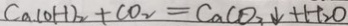
C a ( O H ) _ { 2 } + C O _ { 2 } = C a C O _ { 3 } \downarrow + H _ { 2 } O